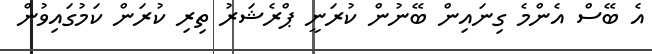
އެ ބޭސް އެންމެ ގިނައިން ބޭނުން ކުރަނީ ޕްރެޝަރު ތިރި ކުރަން ކަމުގައިވުން